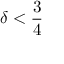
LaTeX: \delta < { \frac { 3 } { 4 } }